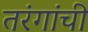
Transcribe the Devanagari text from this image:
तरंगांची